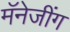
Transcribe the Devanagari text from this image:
मॅनेजींग